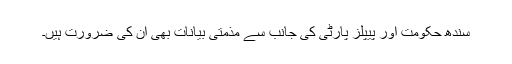
سندھ حکومت اور پیپلز پارٹی کی جانب سے مذمتی بیانات بھی ان کی ضرورت ہیں۔